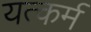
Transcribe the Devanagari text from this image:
यत्कर्म